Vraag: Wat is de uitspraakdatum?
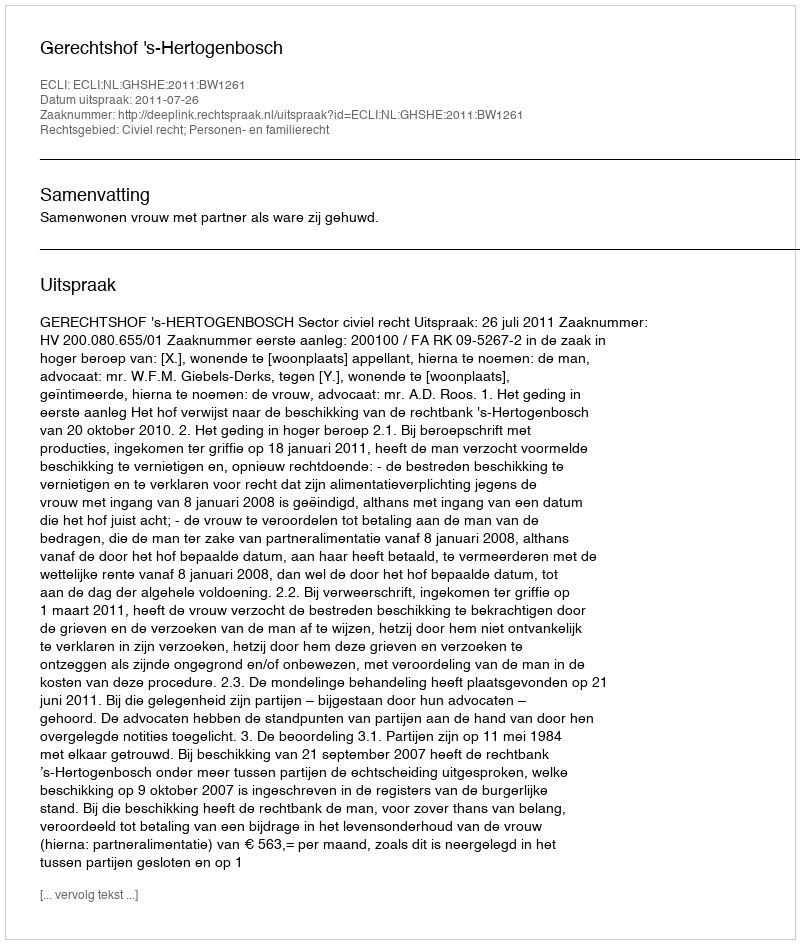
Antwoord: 2011-07-26